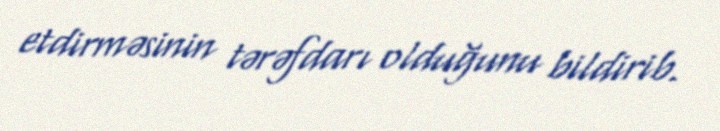
etdirməsinin tərəfdarı olduğunu bildirib.